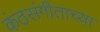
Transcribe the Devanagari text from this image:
कंठसंगीताच्या